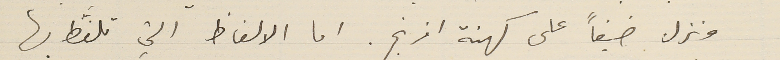
ونزل ضيفاً على كهنة افرنج. اما الالفاظ التي تلفَّظ بها